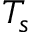
T _ { s }